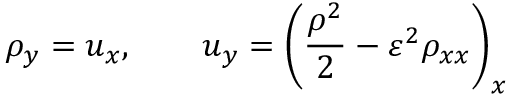
\rho _ { y } = u _ { x } , \qquad u _ { y } = \left( \frac { \rho ^ { 2 } } { 2 } - \varepsilon ^ { 2 } \rho _ { x x } \right) _ { x }